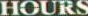
HOURS